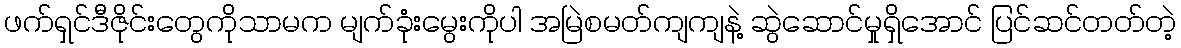
ဖက်ရှင်ဒီဇိုင်းတွေကိုသာမက မျက်ခုံးမွေးကိုပါ အမြဲစမတ်ကျကျနဲ့ ဆွဲဆောင်မှုရှိအောင် ပြင်ဆင်တတ်တဲ့